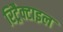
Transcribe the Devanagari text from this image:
रिट्रैक्टाइल